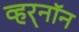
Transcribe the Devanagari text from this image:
व्हर्‌नॉन